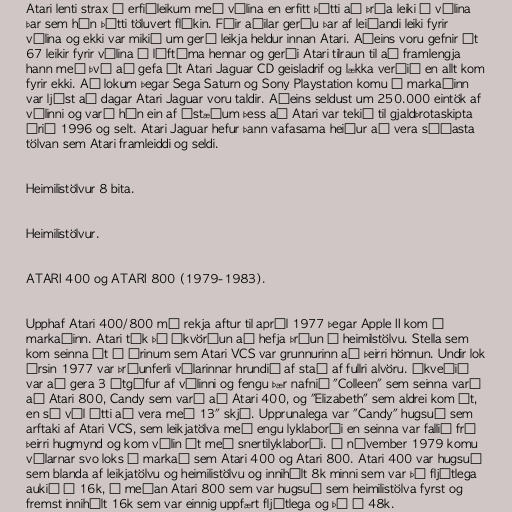
Atari lenti strax í erfiðleikum með vélina en erfitt þótti að þróa leiki á vélina
þar sem hún þótti töluvert flókin. Fáir aðilar gerðu þar af leiðandi leiki fyrir
vélina og ekki var mikið um gerð leikja heldur innan Atari. Aðeins voru gefnir út
67 leikir fyrir vélina á líftíma hennar og gerði Atari tilraun til að framlengja
hann með því að gefa út Atari Jaguar CD geisladrif og lækka verðið en allt kom
fyrir ekki. Að lokum þegar Sega Saturn og Sony Playstation komu á markaðinn
var ljóst að dagar Atari Jaguar voru taldir. Aðeins seldust um 250.000 eintök af
vélinni og varð hún ein af ástæðum þess að Atari var tekið til gjaldþrotaskipta
árið 1996 og selt. Atari Jaguar hefur þann vafasama heiður að vera síðasta
tölvan sem Atari framleiddi og seldi.

Heimilistölvur 8 bita.

Heimilistölvur.

ATARI 400 og ATARI 800 (1979-1983).

Upphaf Atari 400/800 má rekja aftur til apríl 1977 þegar Apple II kom á
markaðinn. Atari tók þá ákvörðun að hefja þróun á heimilstölvu. Stella sem
kom seinna út á árinum sem Atari VCS var grunnurinn að þeirri hönnun. Undir lok
ársin 1977 var þróunferli vélarinnar hrundið af stað af fullri alvöru. Ákveðið
var að gera 3 útgáfur af vélinni og fengu þær nafnið "Colleen" sem seinna varð
að Atari 800, Candy sem varð að Atari 400, og "Elizabeth" sem aldrei kom út,
en sú vél átti að vera með 13" skjá. Upprunalega var "Candy" hugsuð sem
arftaki af Atari VCS, sem leikjatölva með engu lyklaborði en seinna var fallið frá
þeirri hugmynd og kom vélin út með snertilyklaborði. Í nóvember 1979 komu
vélarnar svo loks á markað sem Atari 400 og Atari 800. Atari 400 var hugsuð
sem blanda af leikjatölvu og heimilistölvu og innihélt 8k minni sem var þó fljótlega
aukið í 16k, á meðan Atari 800 sem var hugsuð sem heimilistölva fyrst og
fremst innihélt 16k sem var einnig uppfært fljótlega og þá í 48k.